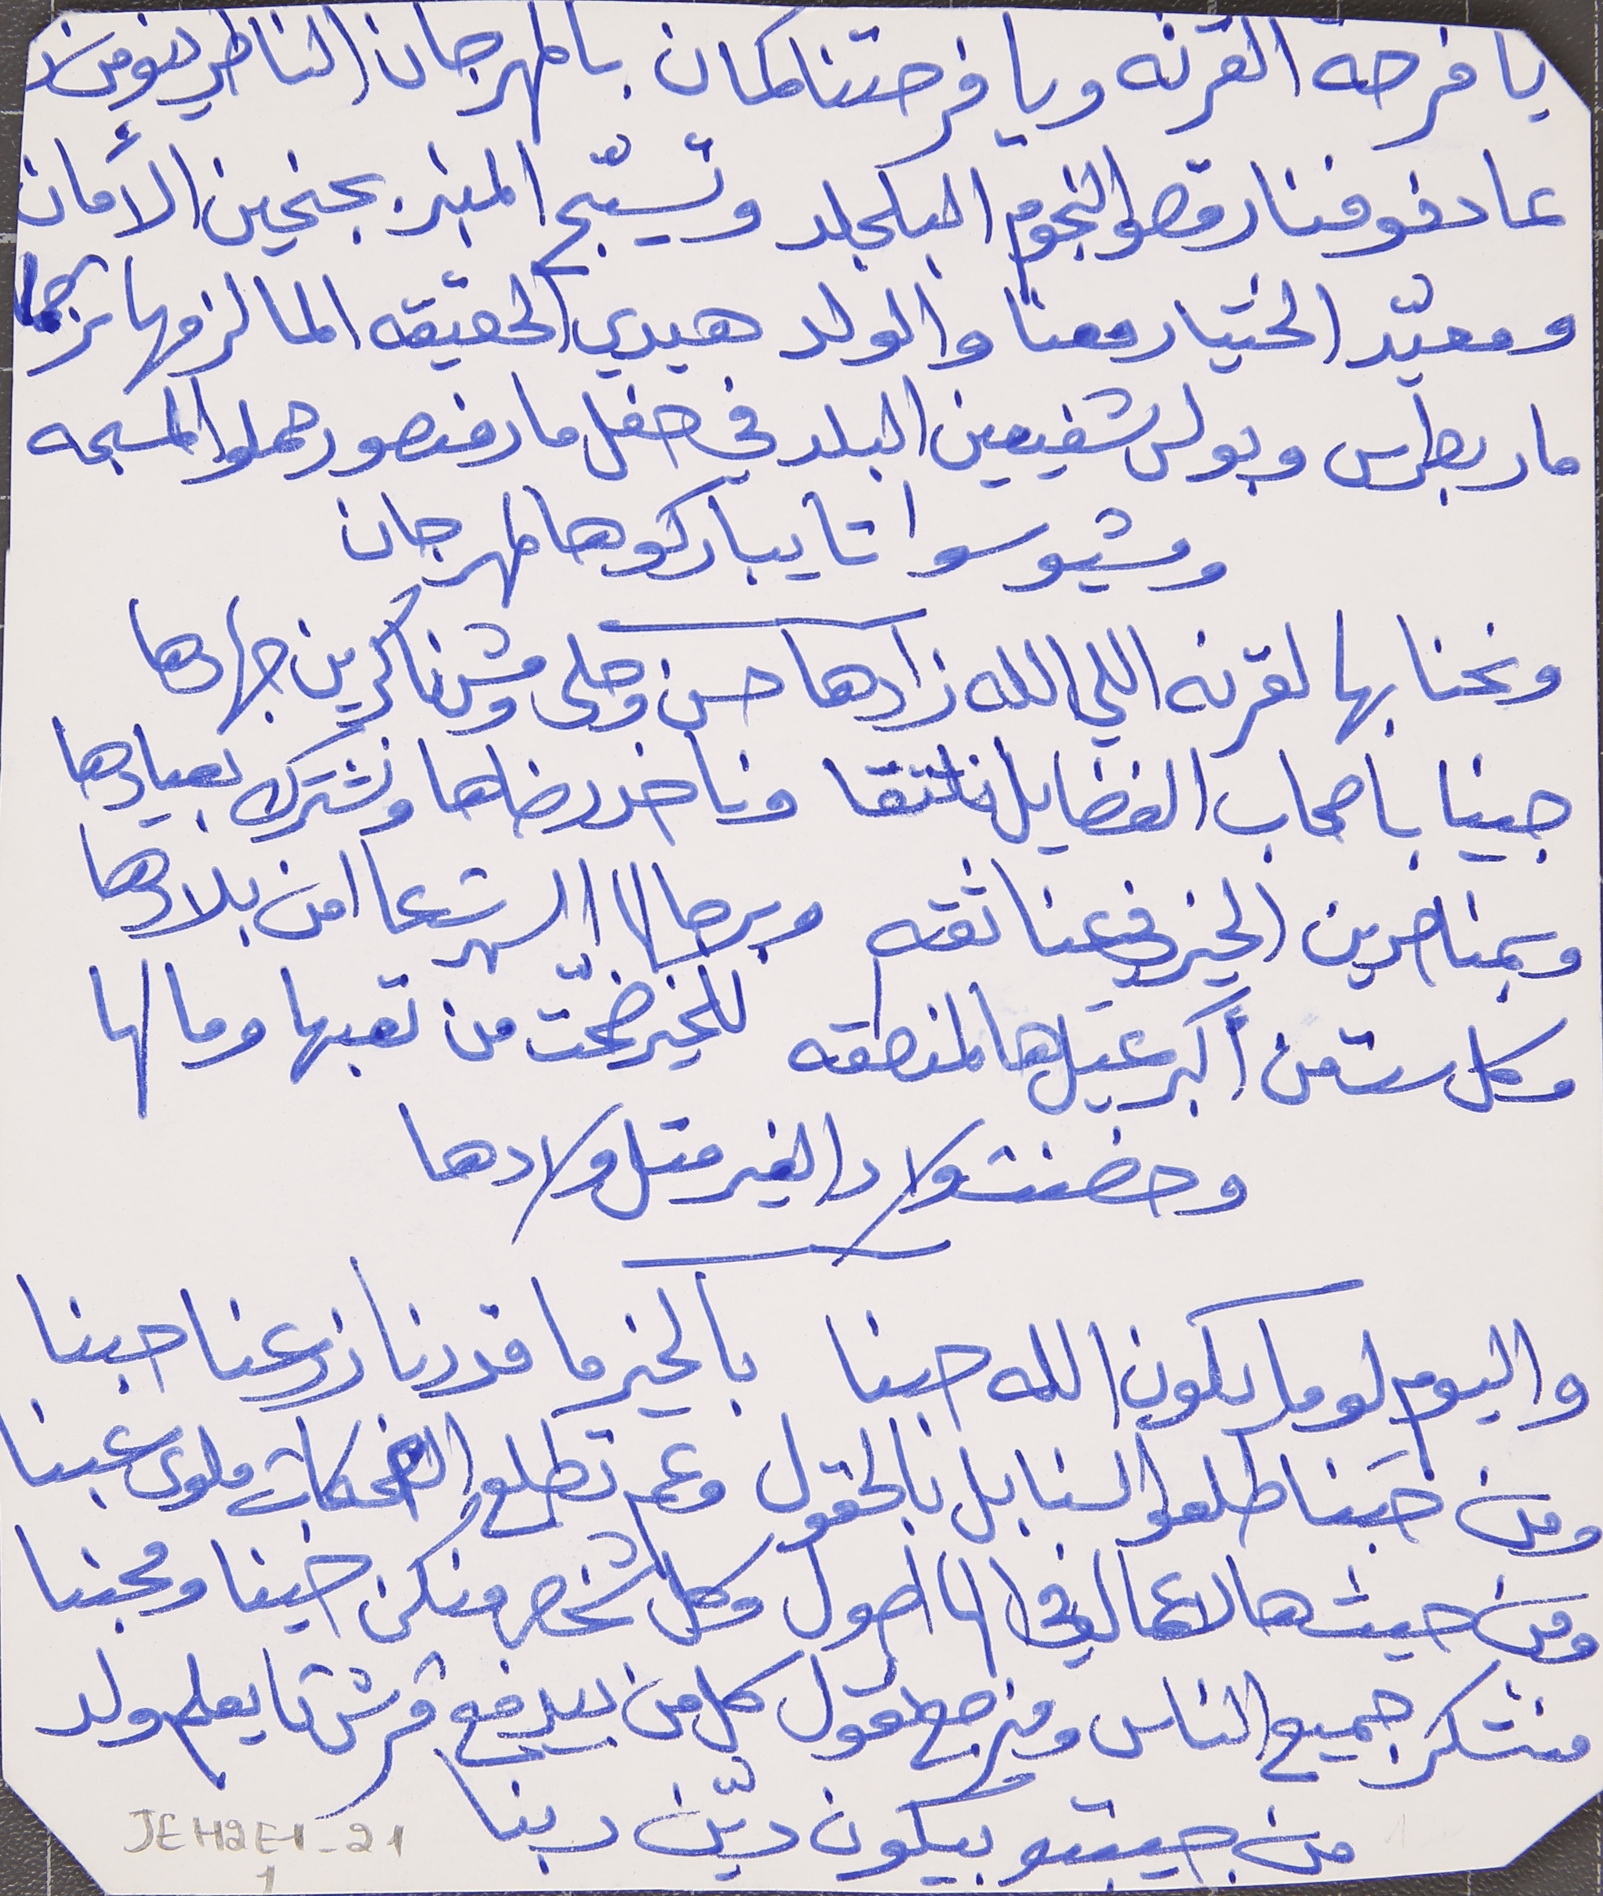
يا فرحة القرنه ويا فرحتنا كمان بالمهرجان الناطرينو من
عا دفوفنا رقصو النجوم البلجلد وتسيّج المنبر بجنحين الأمان
ومعيّد الختيار معنا والولد هيدي الحقيقه الما لزمها ترجما
مار بطرس وبولس شفيعين البلد في حفل مار منصور حملوا المسبحه
ومشيو سوا تا يباركو هالمهرجان
ونحنا بهالقرنه اللي الله زادها  حسن وحلى ومش ناكرين جهادها
وبمناصرين الخير في عنا ثقه   وبرجالا السهرت عا امن بلادها
وكل ست من اكبر عيَل هالمنطقه  للخير ضحّت من تعبها ومالها
وحضنت ولاد الغير متل ولادها
واليوم لوما يكون الله حبنا     بالخير ما قدرنا زرعنا حبنا
 ومن حَبنا طلعو السنابل بالحقول   وعم تطلع والضحكات ملوى عبنا
ومن حيث هالاعمال في الها اصول   وكل شخص منكن خينا ومحبنا
منشكر جميع الناس ومنرجع نقول  كل من بيدفع قرش تا يعلم ولد
    من جيبتو بيكون ديّن ربنا
جينا باصحاب الفضايل نلتقا  وناخد رضاها ونشترك بعيادها
JEH2E1-211